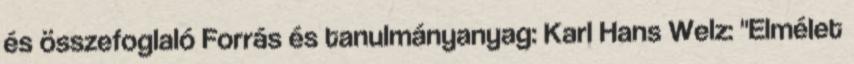
és összefoglaló Forrás és tanulmányanyag: Karl Hans Welz: "Elmélet